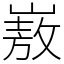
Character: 㟼